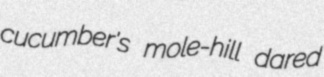
cucumber's mole-hill dared